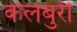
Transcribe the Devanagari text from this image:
कलबुरी